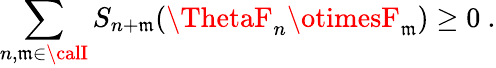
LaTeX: \sum_{n,\mathfrak{m}\in{\calI}}S_{n+\mathfrak{m}}(\ThetaF_{n}\otimesF_{\mathfrak{m}})\geq0\ .